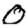
Digit: 0